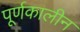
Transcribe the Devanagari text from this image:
पूर्णकालीन